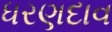
ધરણદાવ